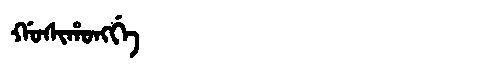
Manchu: ᡤᠣᠰᡳᡥᠣᠩᡤᡝ
Romanization: GOSIHONGGE